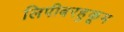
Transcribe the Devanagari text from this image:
लिपीबरहुकूम